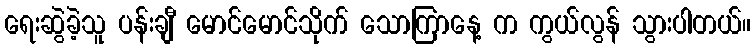
ရေးဆွဲခဲ့သူ ပန်းချီ မောင်မောင်သိုက် သောကြာနေ့ က ကွယ်လွန် သွားပါတယ်။